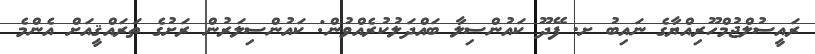
ރައީސުލްޖުމްހޫރިއްޔާގެ ނައިބު ށ. ފޭދޫ ކައުންސިލާ ބައްދަލުކުރެއްވުން: ކައުންސިލަރުން ރަށުގެ ތަރައްޤީއަށް އެންމެ